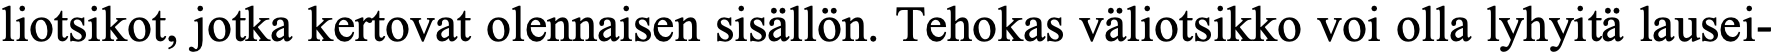
liotsikot, jotka kertovat olennaisen sisällön. Tehokas väliotsikko voi olla lyhyitä lausei-